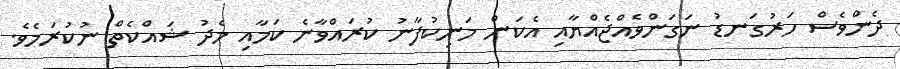
ދެންވެސް ހަރުގަނޑު ނަގަންވެއްޖެއްޔާއި އެކަން މަނިކުފާނު ކުރައްވާނެ ކަމާއި މެދު ޝައްކެތް ނުކުރަމެވެ.